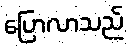
ပြောလာသည်